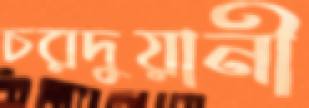
চরদুয়ানী